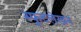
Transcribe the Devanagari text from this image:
स्फूटलेखन